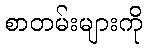
စာတမ်းများကို